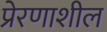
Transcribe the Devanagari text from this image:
प्रेरणाशील